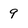
Character: 9